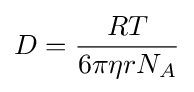
D={\frac {RT}{6\pi \eta rN_{A}}}